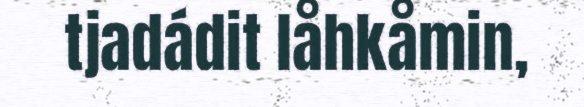
tjadádit låhkåmin,